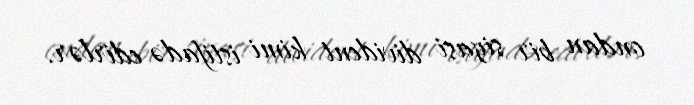
ondan bir siyasi divident kimi istifadə edirlər.